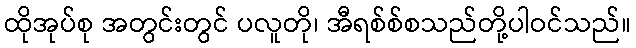
ထိုအုပ်စု အတွင်းတွင် ပလူတို၊ အီရစ်စ်စသည်တို့ပါဝင်သည်။